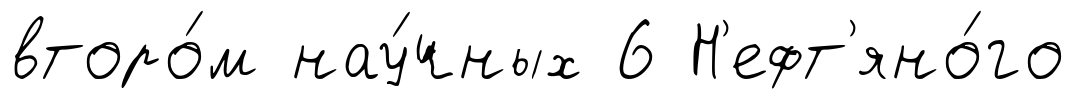
второ́м нау́чных 6 Н'ефт'яно́го